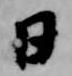
日